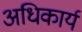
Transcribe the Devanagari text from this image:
अधिकार्य